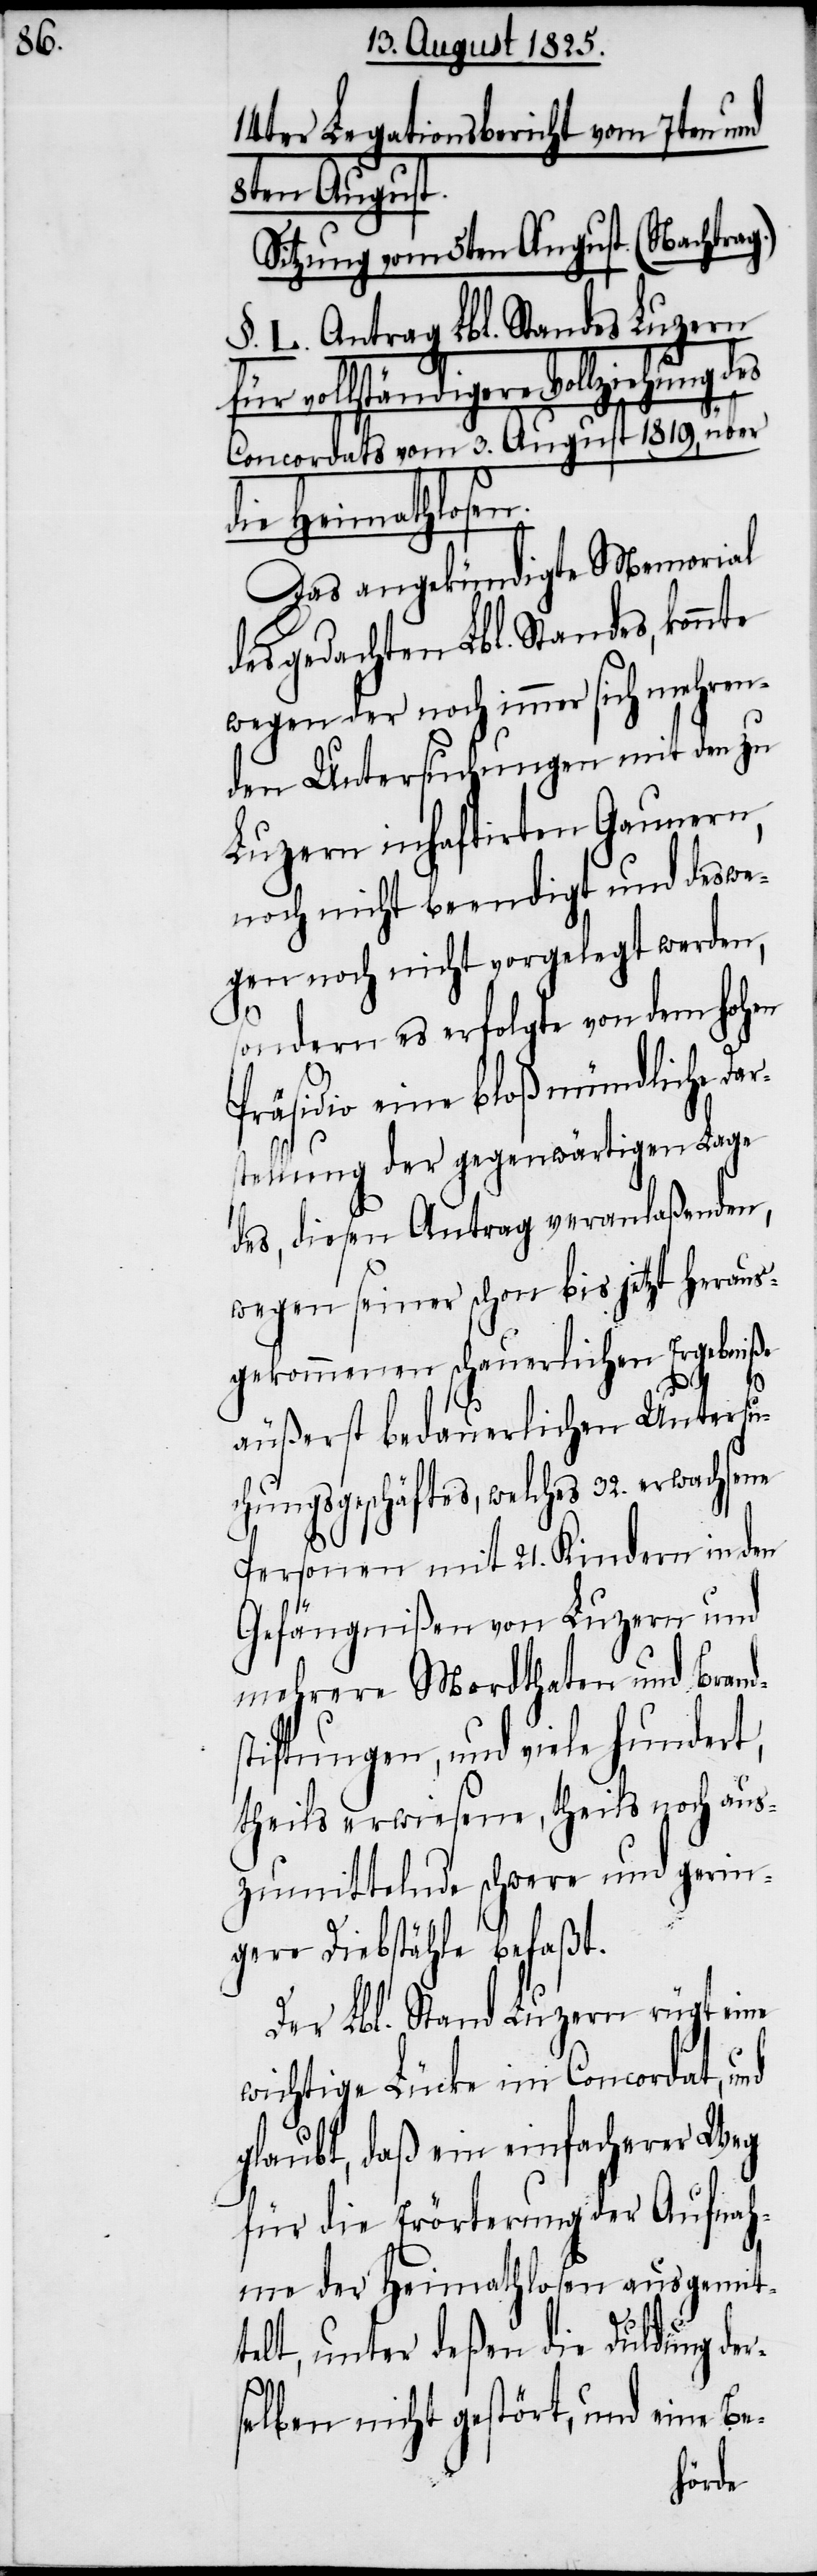
14ter Legationsbericht vom 7ten und
8ten August.
Sitzung vom 5ten August. (Nachtra¬
§. L. Antrag Lbl. Standes Luzern
vollständigere Vollziehung des
Concordats vom 3. August 1819, über
die Heimathlosen.
Das angekündigte Memorial
des gedachten Lbl. Standes,
wegen der noch immer sich mehren¬
den Untersuchungen mit den zu
Luzern inhaftirten Gaunern,
noch nicht beendigt und deswe¬
ne
sondern es erfolgte von dem hohen
Präsidio eine bloß mündliche Dar¬
stellung der gegenwärtigen Lage
des, diesen Antrag veranlaßenden,
wegen seines schon bis jetzt heraus¬
gekommenen schauerlichen Ergebniße
äußerst bedauerlichen Untersu¬
chungsgeschäftes, welches 32. erwachse¬
Personen mit 21. Kindern in den
Gefängnißen von Luzern und
mehrere Mordthaten und Brand¬
stiftungen, und viele hundert,
theils erwiesene, theils noch aus¬
zumittelnde schwere und gerin¬
gere Diebstähle befaßt.
Der Lbl. Stand Luzern rügt eine
wichtige Lücke im Concordat, und
glaubt, daß ein einfacherer Weg
für die Erörterung der Aufnah¬
me der Heimathlosen ausgemit¬
telt, unter deßen die Duldung der¬
selben nicht gestört, und eine Be-